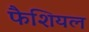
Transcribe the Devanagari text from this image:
फैशियल